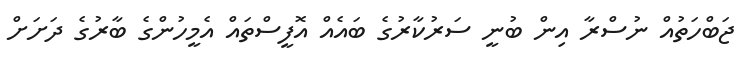
ޖަބްހަތުއް ނުސްރާ އިން ބުނީ ސަރުކާރުގެ ބައެއް އޮފީސްތައް އެމީހުންގެ ބާރުގެ ދަށަށް